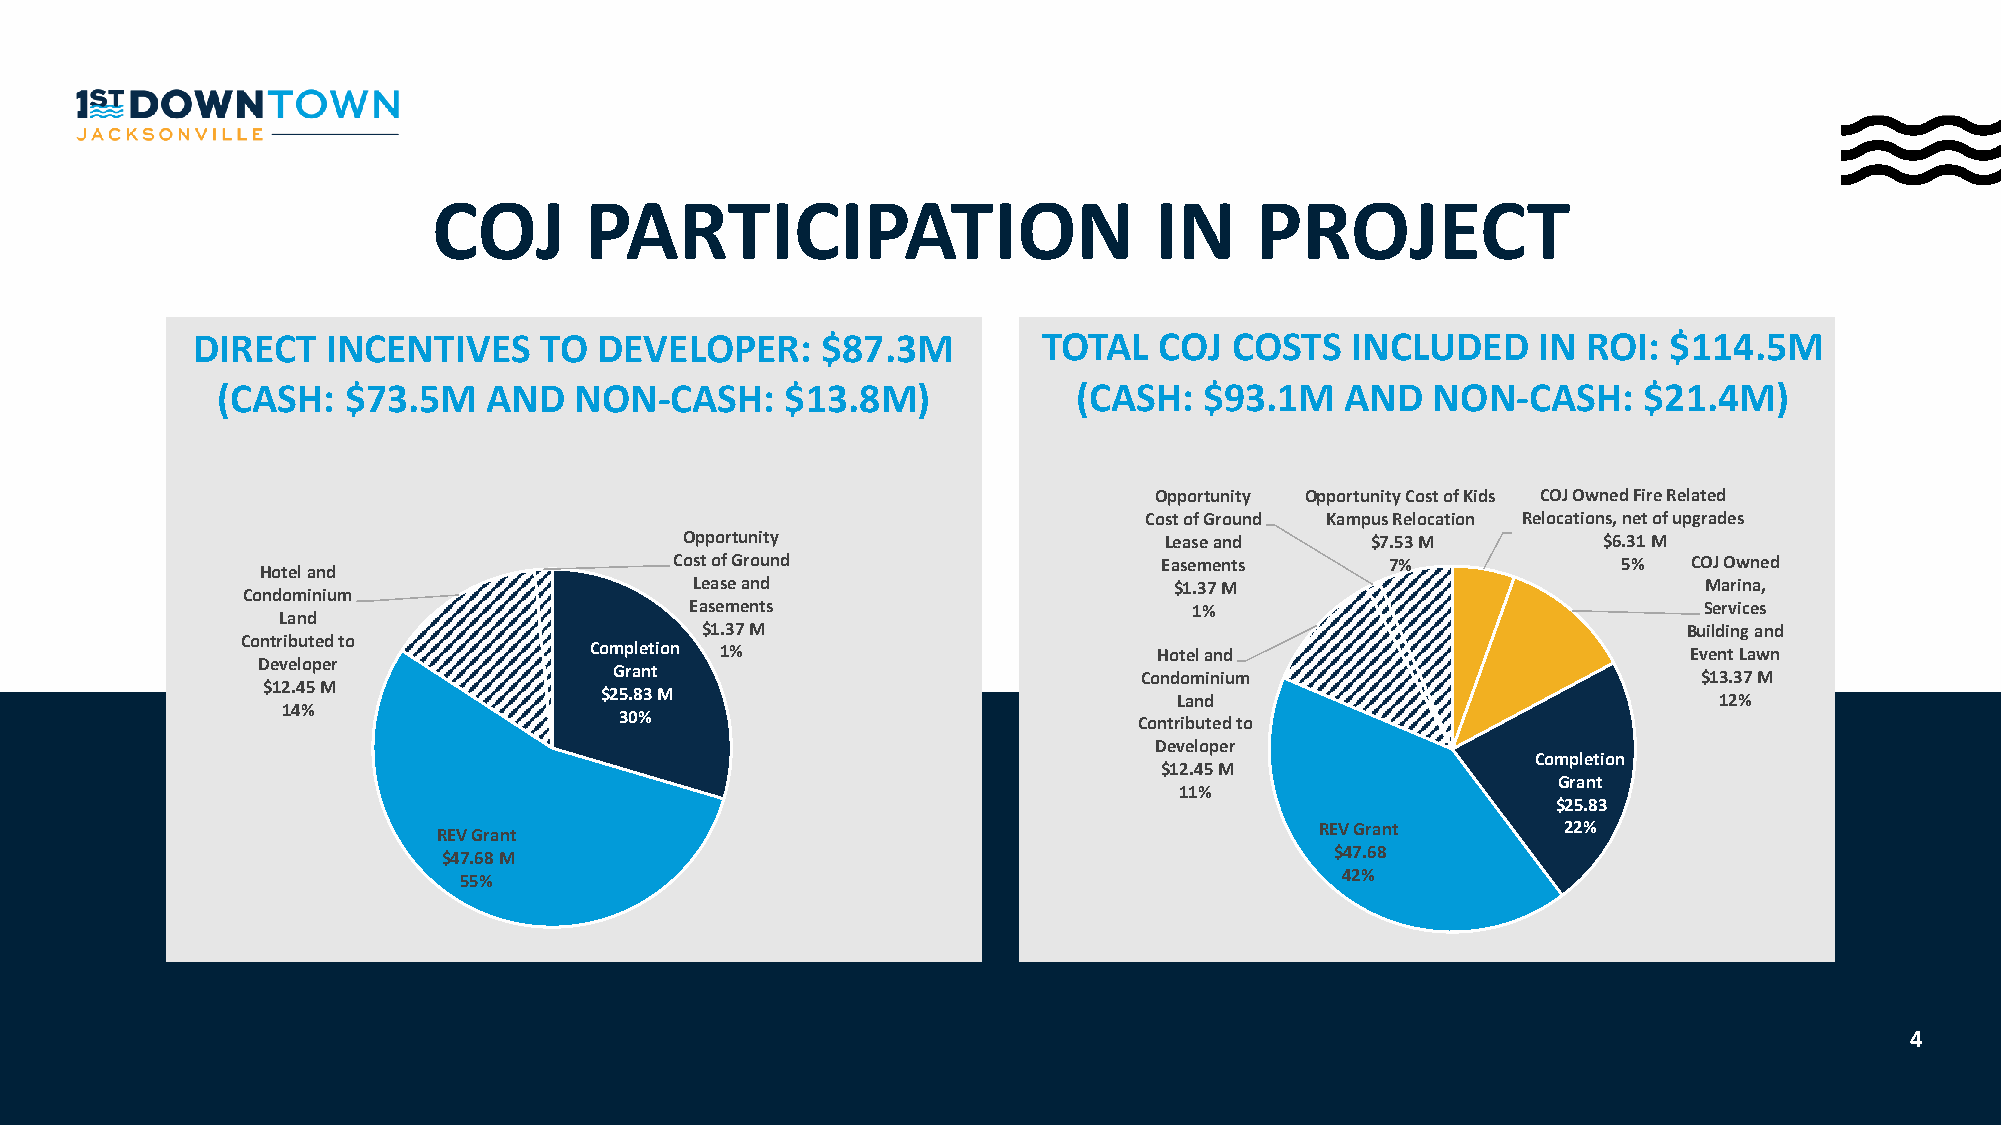
COJ       PARTICIPATION                        IN     PROJECT
 DIRECT   INCENTIVES    TO  DEVELOPER:    $87.3M         TOTAL   COJ  COSTS  INCLUDED     IN ROI: $114.5M
 (CASH:   $73.5M   AND   NON-CASH:     $13.8M)            (CASH:   $93.1M   AND   NON-CASH:     $21.4M)
 Opportunity Opportunity Cost of Kids COJ Owned Fire Related
 Cost of Ground Kampus Relocation Relocations, net of upgrades
 Opportunity                     Lease and     $7.53 M        $6.31 M
 Cost of Ground                  Easements      7%             5%   COJ Owned
 Hotel and
 Lease and                       $1.37 M                            Marina,
 Condominium
 Easements                        1%                                Services
 Land
 $1.37 M                                                           Building and
 Contributed to
 Completion 1%                         Hotel and                          Event Lawn
 Developer
 Grant                             Condominium                           $13.37 M
 $12.45 M
 $25.83 M                              Land                                12%
 14%
 30%
 Contributed to
 Developer
 Completion
 $12.45 M
 Grant
 11%
 $25.83
 REV Grant       22%
 REV Grant
 $47.68
 $47.68 M
 42%
 55%
 4